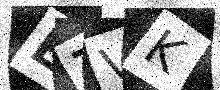
Text: E7VK